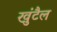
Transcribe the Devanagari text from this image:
खुंटैल